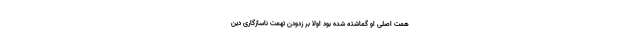
همت‌ اصلی‌ او گماشته‌ شده‌ بود اولا بر زدودن‌ تهمت‌ ناسازگاری‌ دین‌